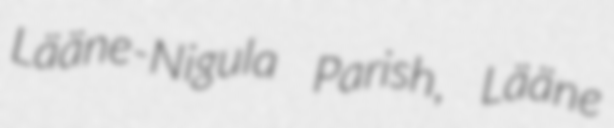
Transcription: Lääne-Nigula Parish, Lääne